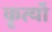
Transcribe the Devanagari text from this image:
कृत्यॉ